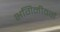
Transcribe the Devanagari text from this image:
भगिनीवर्ग